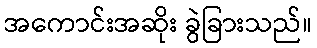
အကောင်းအဆိုး ခွဲခြားသည်။